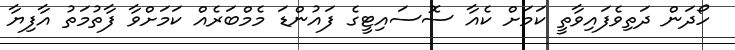
ހޯދަން ދަތިވެފައިވާތީ ކަމަށް ކެއާ ސޮސައިޓީގެ ފައުންޑަ މެމްބަރެއް ކަމަށްވާ ފާތުމަތު އާފިޔާ